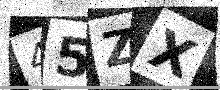
Text: 45ZX